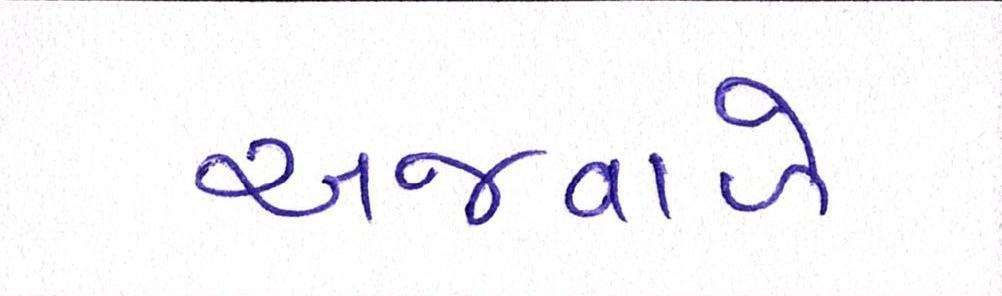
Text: અજવાળે